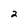
Character: 2